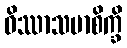
ဝိဿာသမာစိက္ခိ